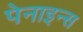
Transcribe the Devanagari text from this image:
पेनाइन्स